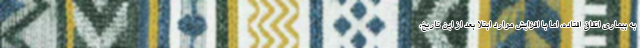
به بیماری اتفاق افتاده، اما با افزایش موارد ابتلا بعد از این تاریخ،